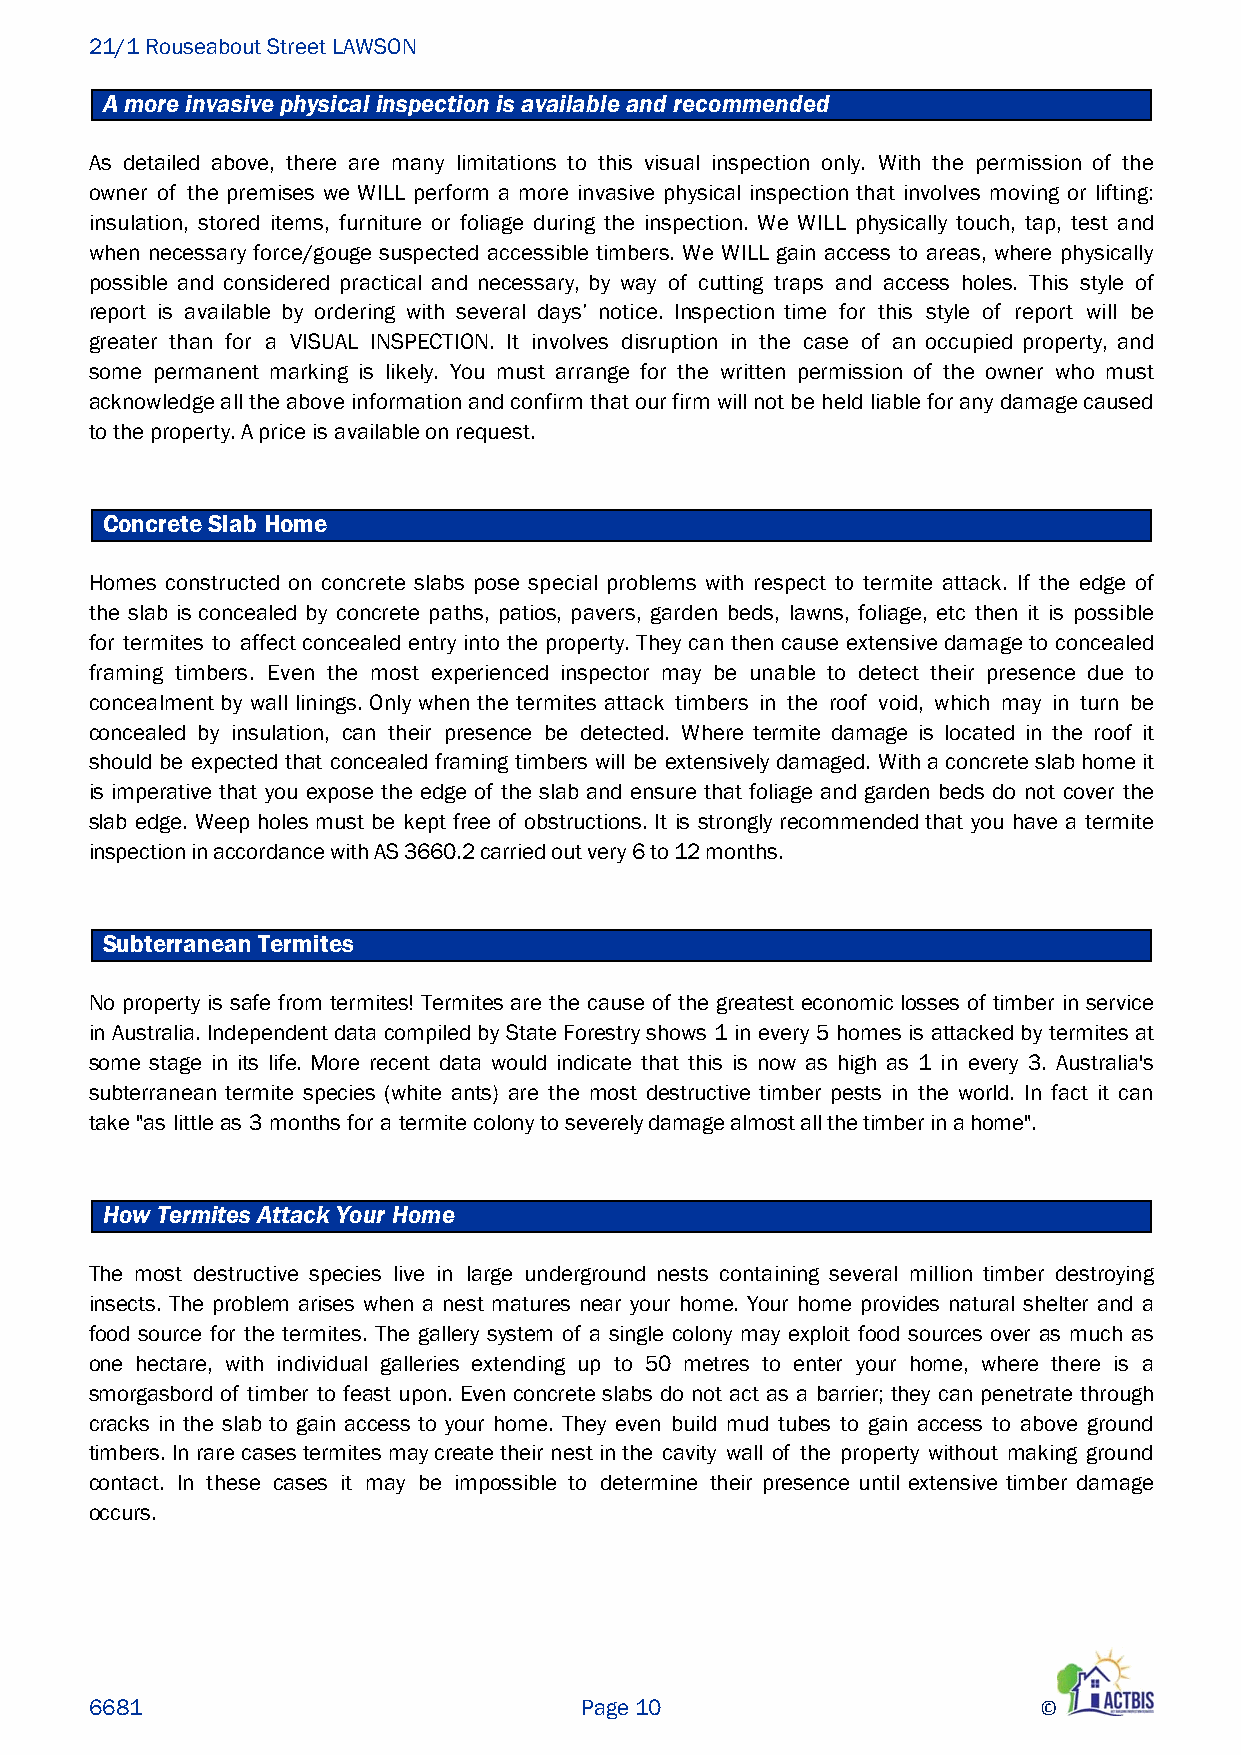
21/1 Rouseabout Street LAWSON
 A more invasive physical inspection is available and recommended
 As detailed above, there are many limitations to this visual inspection only. With the permission of the
 owner of the premises we WILL perform a more invasive physical inspection that involves moving or lifting:
 insulation, stored items, furniture or foliage during the inspection. We WILL physically touch, tap, test and
 when necessary force/gouge suspected accessible timbers. We WILL gain access to areas, where physically
 possible and considered practical and necessary, by way of cutting traps and access holes. This style of
 report is available by ordering with several days’ notice. Inspection time for this style of report will be
 greater than for a VISUAL INSPECTION. It involves disruption in the case of an occupied property, and
 some permanent marking is likely. You must arrange for the written permission of the owner who must
 acknowledge all the above information and confirm that our firm will not be held liable for any damage caused
 to the property. A price is available on request.
 Concrete Slab Home
 Homes constructed on concrete slabs pose special problems with respect to termite attack. If the edge of
 the slab is concealed by concrete paths, patios, pavers, garden beds, lawns, foliage, etc then it is possible
 for termites to affect concealed entry into the property. They can then cause extensive damage to concealed
 framing timbers. Even the most experienced inspector may be unable to detect their presence due to
 concealment by wall linings. Only when the termites attack timbers in the roof void, which may in turn be
 concealed by insulation, can their presence be detected. Where termite damage is located in the roof it
 should be expected that concealed framing timbers will be extensively damaged. With a concrete slab home it
 is imperative that you expose the edge of the slab and ensure that foliage and garden beds do not cover the
 slab edge. Weep holes must be kept free of obstructions. It is strongly recommended that you have a termite
 inspection in accordance with AS 3660.2 carried out very 6 to 12 months.
 Subterranean Termites
 No property is safe from termites! Termites are the cause of the greatest economic losses of timber in service
 in Australia. Independent data compiled by State Forestry shows 1 in every 5 homes is attacked by termites at
 some stage in its life. More recent data would indicate that this is now as high as 1 in every 3. Australia's
 subterranean termite species (white ants) are the most destructive timber pests in the world. In fact it can
 take "as little as 3 months for a termite colony to severely damage almost all the timber in a home".
 How Termites Attack Your Home
 The most destructive species live in large underground nests containing several million timber destroying
 insects. The problem arises when a nest matures near your home. Your home provides natural shelter and a
 food source for the termites. The gallery system of a single colony may exploit food sources over as much as
 one hectare, with individual galleries extending up to 50 metres to enter your home, where there is a
 smorgasbord of timber to feast upon. Even concrete slabs do not act as a barrier; they can penetrate through
 cracks in the slab to gain access to your home. They even build mud tubes to gain access to above ground
 timbers. In rare cases termites may create their nest in the cavity wall of the property without making ground
 contact. In these cases it may be impossible to determine their presence until extensive timber damage
 occurs.
 6681                            Page 10                        ©